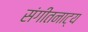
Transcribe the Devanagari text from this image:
संगीतनाट्य